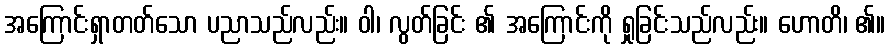
အကြောင်းရှာတတ်သော ပညာသည်လည်း။ ဝါ၊ လွတ်ခြင်း ၏ အကြောင်းကို ရှုခြင်းသည်လည်း။ ဟောတိ၊ ၏။